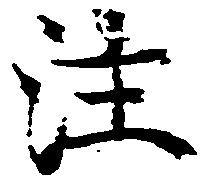
注